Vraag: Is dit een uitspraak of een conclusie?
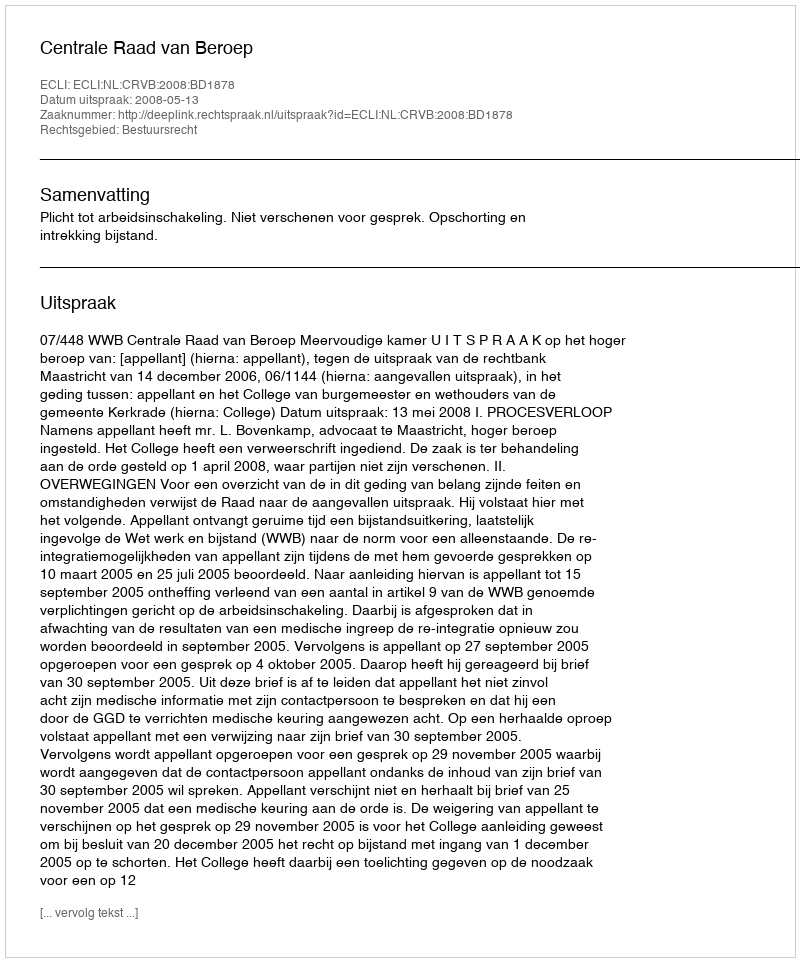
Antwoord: Uitspraak